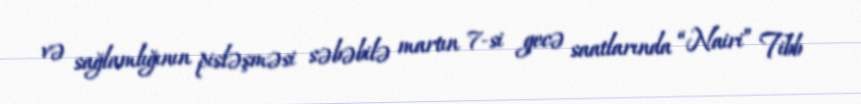
və sağlamlığının pisləşməsi səbəbilə martın 7-si gecə saatlarında “Nairi” Tibb